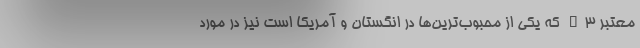
معتبر T3 که یکی از محبوب‌ترین‌ها در انگستان و آمریکا است نیز در مورد